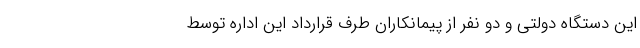
این دستگاه دولتی و دو نفر از پیمانکاران طرف قرارداد این اداره توسط